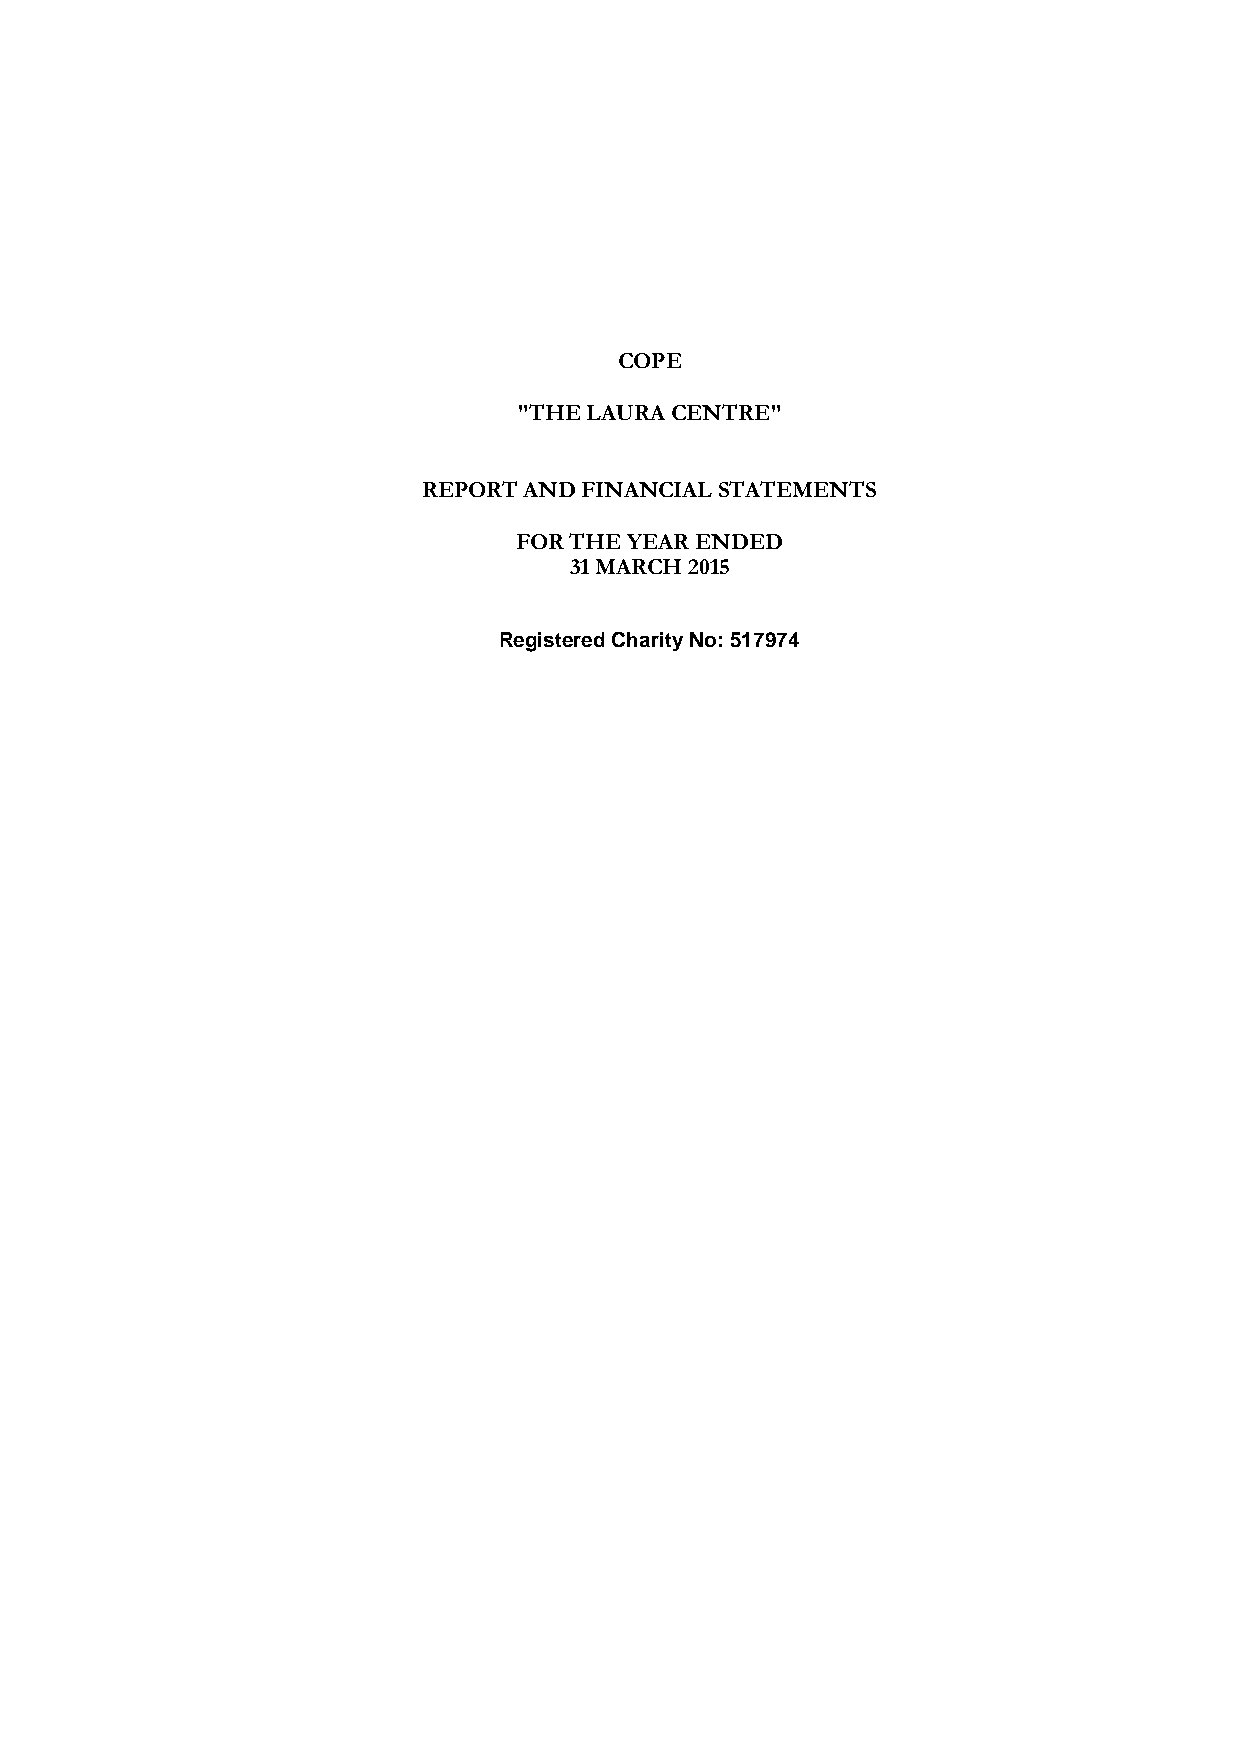
COPE
 "THE LAURA CENTRE"
 REPORT AND FINANCIAL STATEMENTS
 FOR THE YEAR ENDED
 31 MARCH 2015
 Registered Charity No: 517974